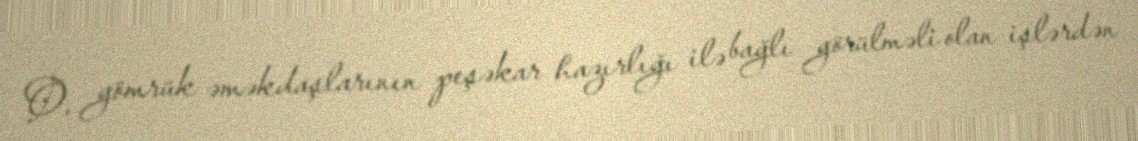
O, gömrük əməkdaşlarının peşəkar hazırlığı ilə bağlı görülməli olan işlərdən